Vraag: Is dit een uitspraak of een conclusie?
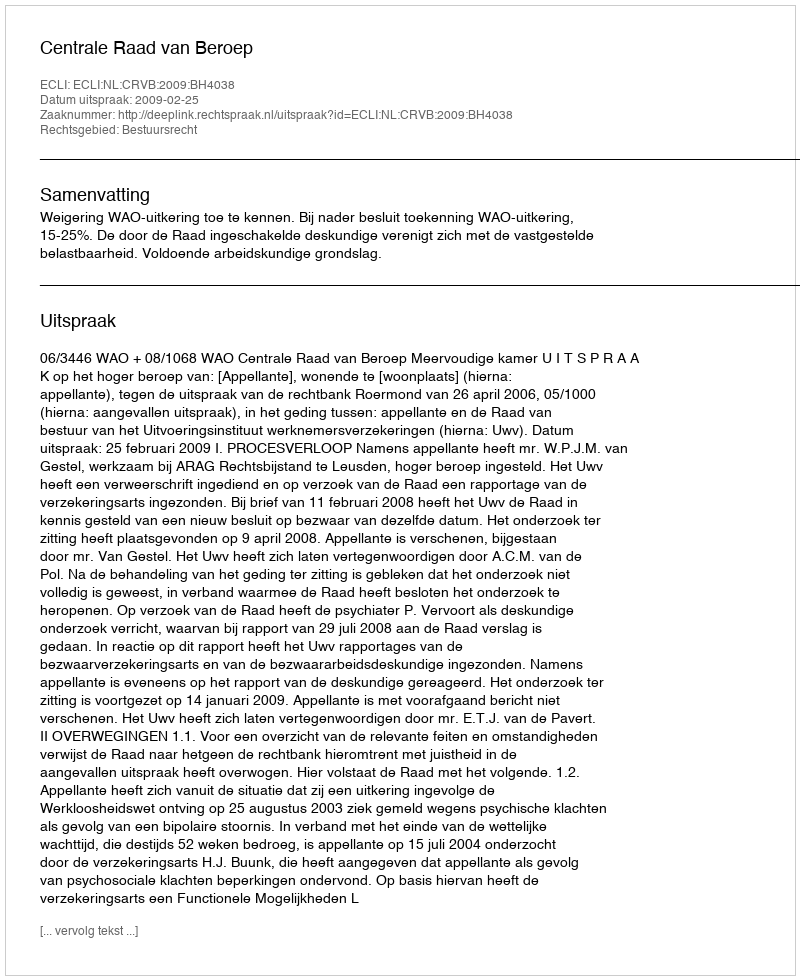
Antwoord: Uitspraak